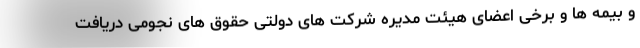
و بیمه ها و برخی اعضای هیئت مدیره شرکت های دولتی حقوق های نجومی دریافت